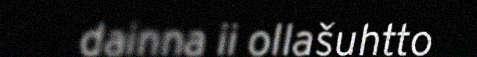
dainna ii ollašuhtto